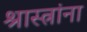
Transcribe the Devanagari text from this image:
श्रास्त्रांना